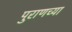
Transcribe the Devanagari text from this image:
पुराणच्या